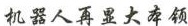
机器人再显大本领